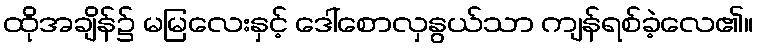
ထိုအချိန်၌ မမြလေးနှင့် ဒေါ်စောလှနွယ်သာ ကျန်ရစ်ခဲ့လေ၏။